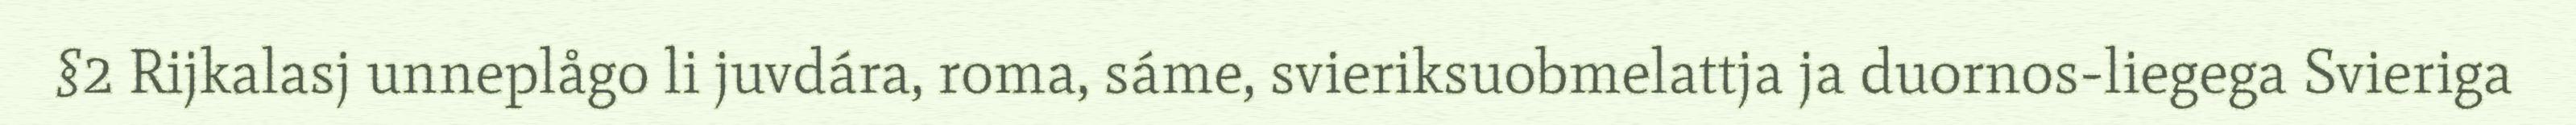
§2 Rijkalasj unneplågo li juvdára, roma, sáme, svieriksuobmelattja ja duornos-liegega Svieriga